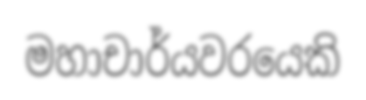
මහාචාර්යවරයෙකි